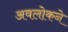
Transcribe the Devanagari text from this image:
अवलोकने